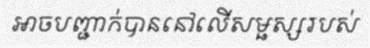
អាចបញ្ជាក់បាននៅលើសម្ផស្សរបស់